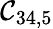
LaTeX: \mathcal{C}_{34,5}